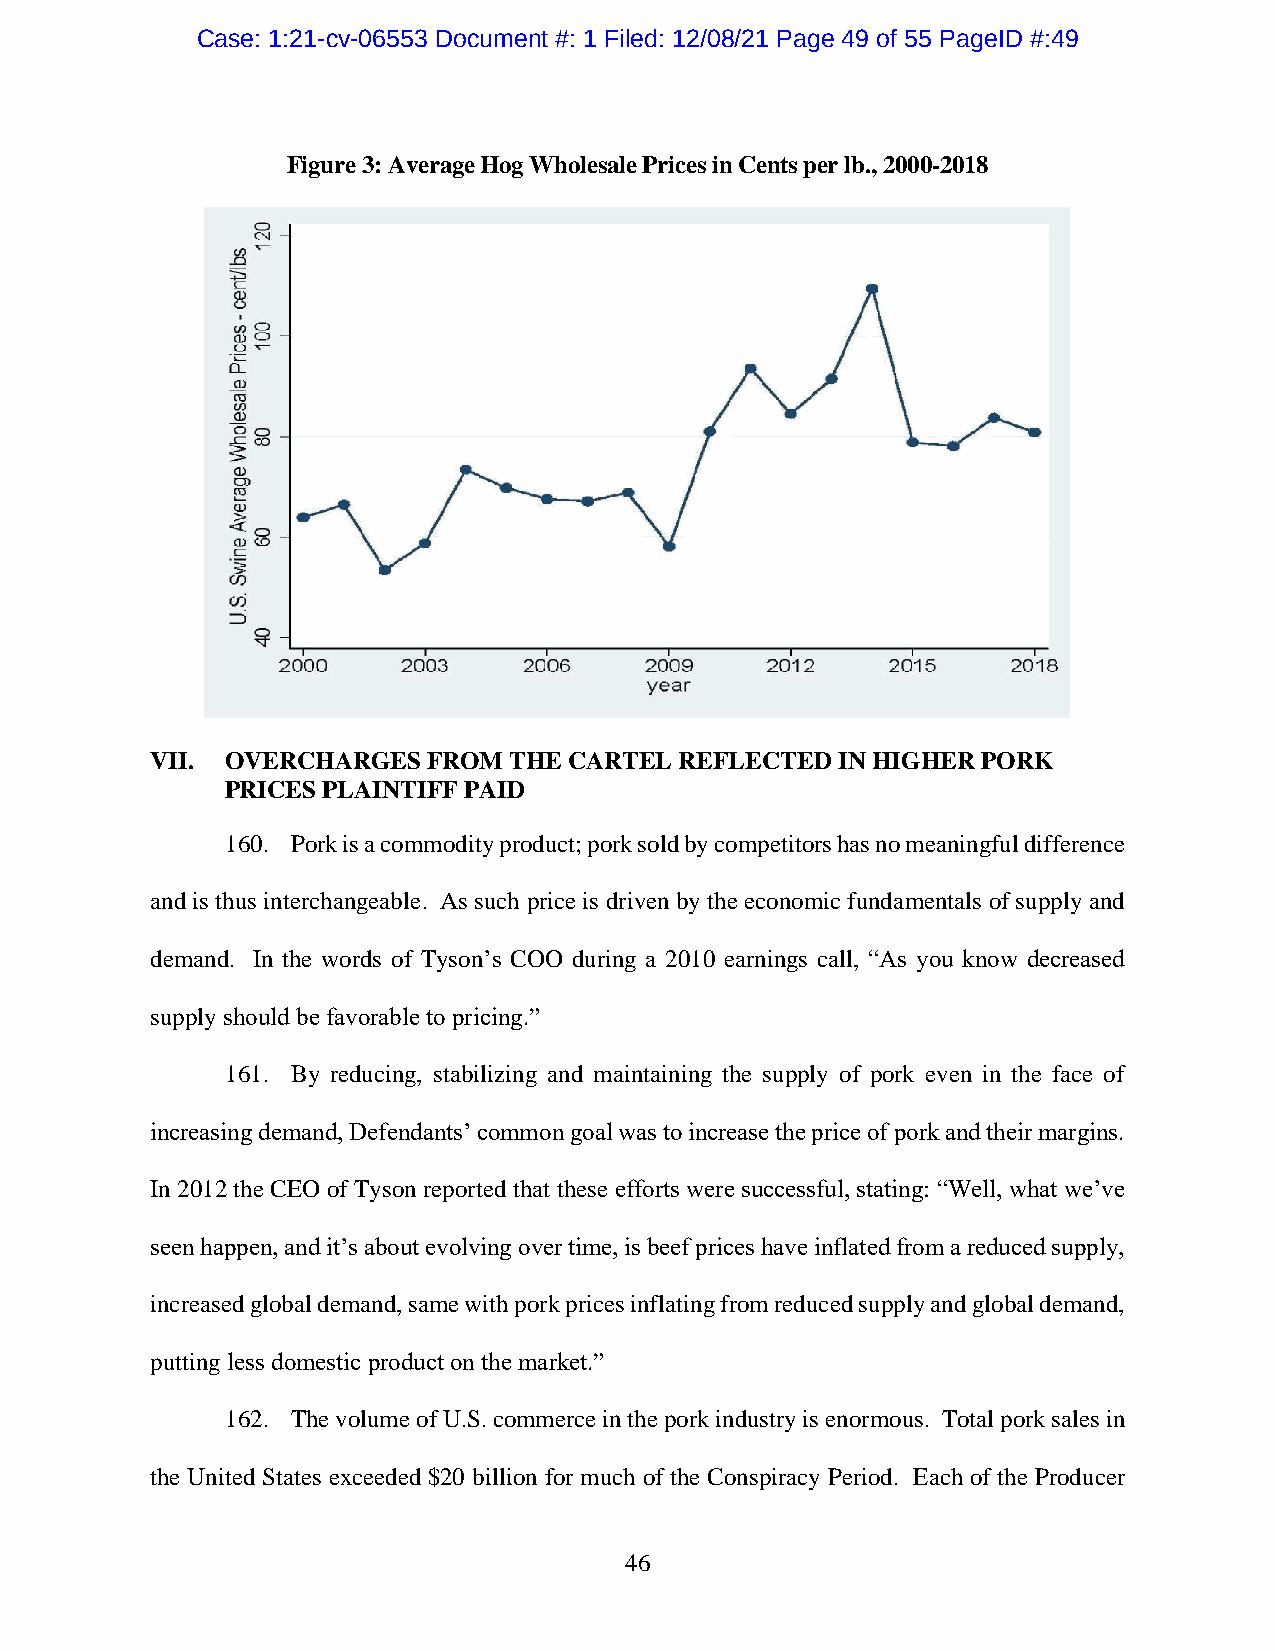
Case: 1:21-cv-06553 Document #: 1 Filed: 12/08/21 Page 49 of 55 PageID #:49
 Figure 3: Average Hog Wholesale Prices in Cents per lb., 2000-2018
 VII. OVERCHARGES  FROM  THE CARTEL REFLECTED  IN HIGHER PORK
 PRICES PLAINTIFF PAID
 160. Pork is a commodity product; pork sold by competitors has no meaningful difference
 and is thus interchangeable. As such price is driven by the economic fundamentals of supply and
 demand. In the words of Tyson’s COO during a 2010 earnings call, “As you know decreased
 supply should be favorable to pricing.”
 161. By reducing, stabilizing and maintaining the supply of pork even in the face of
 increasing demand, Defendants’ common goal was to increase the price of pork and their margins.
 In 2012 the CEO of Tyson reported that these efforts were successful, stating: “Well, what we’ve
 seen happen, and it’s about evolving over time, is beef prices have inflated from a reduced supply,
 increased global demand, same with pork prices inflating from reduced supply and global demand,
 putting less domestic product on the market.”
 162. The volume of U.S. commerce in the pork industry is enormous. Total pork sales in
 the United States exceeded $20 billion for much of the Conspiracy Period. Each of the Producer
 46